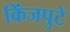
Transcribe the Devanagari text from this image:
किंजपुटे